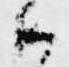
御